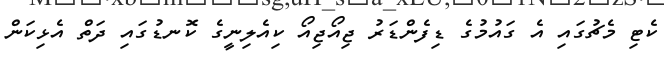
ކެޓި މެޗުގައި އެ ގައުމުގެ ޑިފެންޑަރު ޖިއޯޖިއޯ ކިއެލިނީގެ ކޮނޑުގައި ދަތް އެޅިކަން